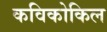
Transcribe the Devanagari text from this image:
कविकोकिल